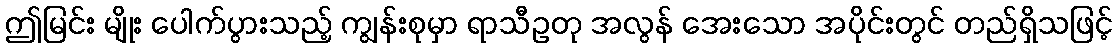
ဤမြင်း မျိုး ပေါက်ပွားသည့် ကျွန်းစုမှာ ရာသီဥတု အလွန် အေးသော အပိုင်းတွင် တည်ရှိသဖြင့်